Medical and sanitary report of the native army of Madras for the year
Year: 1875
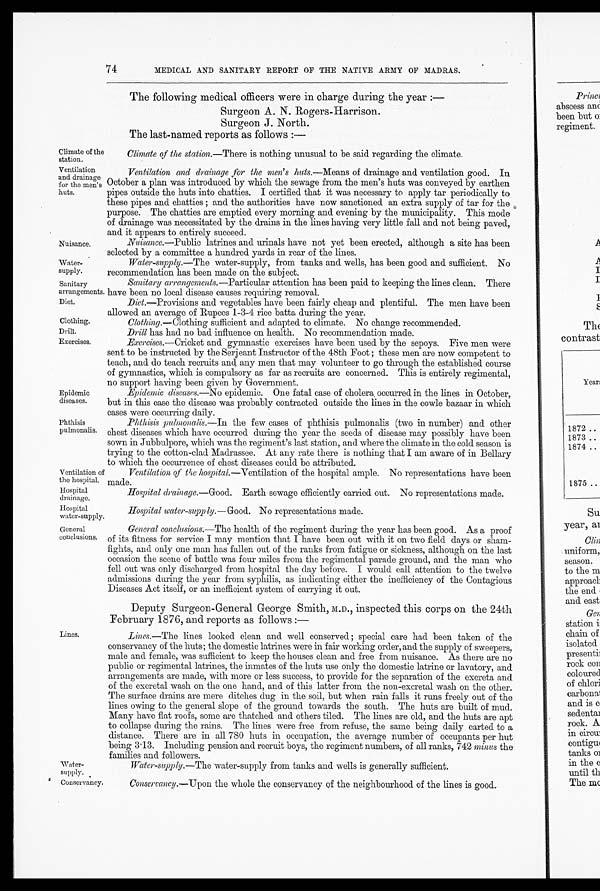
Ventilation
and drainage
for the men's
huts.
Nuisance.
Water
-supply.
Sanitary
arrangements.
Diet.
Clothing.
Drill.
Exercises.
Hospital
drainage.
Hospital
water-supply.
74
Climate of the
station.
MEDICAL AND SANITARY REPORT OF THE NATIVE ARMY OF MADRAS.
The following medical officers were in charge during the year :
—
Surgeon A. N. Rogers-Harrison.
Surgeon J. North.
The last-named reports as follows :—
Climate of the station.— There is nothing unusual to be said regarding the climate.
Ventilation and drainage for the men's huts.—Means of drainage and ventilation good. In
October a plan was introduced by which the sewage from the men's huts was conveyed by earthen
pipes outside the huts into chatties. I certified that it was necessary to apply tar periodically to.
these pipes and chatties; and the authorities have now sanctioned an extra supply of tar for the
purpose. The chatties are emptied every morning and evening by the municipality. This mode
of drainage was necessitated by the drains in the lines having very little fall and not being paved,
and it appears to entirely succeed.
Nuisance.—Public latrines and urinals have not yet been erected, although a site has been
selected by a committee a hundred yards in rear of the lines.
Water-supply .—The water-supply, from tanks and. wells, has been good and sufficient. No
recommendation has been made on the subject.
Sanitary arrangements.— Particular attention has been paid to keeping the lines clean. There
have been no local disease causes requiring removal.
Diet.—Provisions and vegetables have been fairly cheap and plentiful. The men have been
allowed an average of Rupees 1-3-4 rice batta during the year.
Epidemic
diseases.
Clothing.—Clothing sufficient and adapted to climate. No change recommended.
Drill has had no bad influence on health. No recommendation made.
Exercises.— Cricket and gymnastic exercises have been used by the sepoys. Five men were
sent to be instructed by the Serjeant Instructor of the 48th Foot; these men are now competent to
teach, and do teach recruits and any men that may volunteer to go through the established course
of gymnastics, which is compulsory as far as recruits are concerned. This is entirely regimental,
no support having been given by Government.
Epidemic diseases.—No epidemic. One fatal case of cholera occurred in the lines in October,
but in this case the disease was probably contracted outside the lines in the cowle bazaar in which
cases were occurring daily.
Phthisis
pulmonalis.
Ventilation of
the hospital.
Phthisis pulmonalis.— In the few cases of phthisis pulmonahs (two in number) and other
chest diseases which have occurred during the year the seeds of disease may possibly have been
sown in Jubbulpore, which was the regiment's last station, and where the climate in the cold season is
trying to the cotton-clad Madrassee. At any rate there is nothing that I am aware of in Bellary
to which the occurrence of chest diseases could he attributed.
Ventilation of the hospital. —Ventilation of the hospital ample. No representations have been
made.
Hospital drainage.— Good.
Earth sewage efficiently carried out. No representations made.
Hospital water-supply.— Good.
No representations made.
General
conclusions.
Lines.
Water-
supply.
General conclusions.— The health of the regiment during the year has been good. As a proof
of its fitness for service I may mention that I have been out with it on two field days or sham-
fights, and only one man has fallen out of the ranks from fatigue or sickness, although on the last
occasion the scene of battle was four miles from the regimental parade ground, and the man who
fell out was only discharged from hospital the day before. I would call attention to the twelve
admissions during the year from syphilis, as indicating either the inefficiency of the Contagious
Diseases Act itself, or an inefficient system of carrying it out.
Deputy Surgeon-General George Smith, M.D., inspected this corps on the 24th
February 1876, and reports as follows :—
Lines.— The lines looked clean and well conserved; special care had been taken of the
conservancy of the huts; the domestic latrines were in fair working order, and the supply of sweepers,
male and female, was sufficient to keep the houses clean and free from nuisance. As there are no
public or regimental latrines, the inmates of the huts use only the domestic latrine or lavatory, and
arrangements are made, with more or less success, to provide for the separation of the excreta and
of the excretal wash on the one hand, and of this latter from the non-excretal wash on the other.
The surface drains are mere ditches dug in the soil, but when rain falls it runs freely out of the
lines owing to the general slope of the ground towards the south. The huts are built of mud.
Many have flat roofs, some are thatched and others tiled. The lines are old, and the huts are apt
to collapse dining the rains. The lines were free from refuse, the same being daily carted to a
distance. There are in all 780 huts in occupation, the average number of occupants per hut
being 3 . 13. Including pension and recruit boys, the regiment numbers, of all ranks, 742 minus the
families and
f o l l o w e r s .
Water-supply.— The water-supply from tanks and wells is generally sufficient.
Conservancy.
Conserrancy.— Upon the whole the conservancy of the neighbourhood of the lines is good.